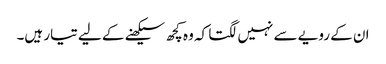
ان کے رویے سے نہیں لگتا کہ وہ کچھ سیکھنے کے لیے تیار ہیں۔